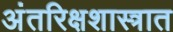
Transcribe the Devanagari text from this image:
अंतरिक्षशास्त्रात